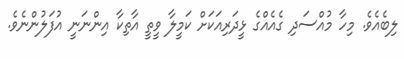
ލިބެއެވެ. މިހާ މުއްސަދި ގެއެއްގެ ޅީދަރިއަކަށް ކަމީލާ ވީތީ އާތިކާ އިންނަނީ އުފަލުންނެވެ.